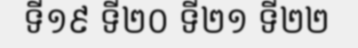
ទី១៩ ទី២០ ទី២១ ទី២២